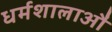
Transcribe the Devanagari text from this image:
धर्मशालाऔं